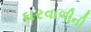
ઘરવાળીની